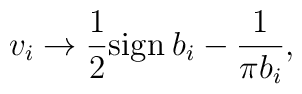
v_i \to \frac{1}{2}\mbox{sign}\:b_i-\frac{1}{\pi b_i},